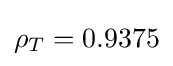
\rho _{T}=0.9375